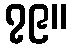
၇၉။